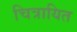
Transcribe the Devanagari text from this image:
चित्रायित